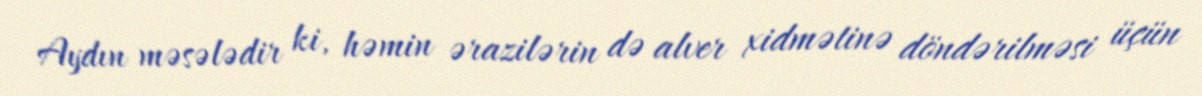
Aydın məsələdir ki, həmin ərazilərin də alver xidmətinə döndərilməsi üçün